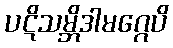
ပဋိသမ္ဘိဒါမဂ္ဂေပိ